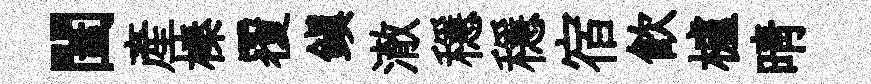
闔產榛覆鎭澈穩穩宿飮櫨晴